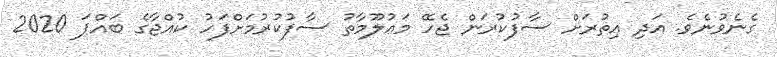
ގެނެވުނެވެ. އަދި އިތުރަށް ސާފުކުރަން ޖެހޭ މަޢުލޫމާތު ސާފުކުރުމަށްފަހު ކުއްޖާގެ ބައްޕަ 2020